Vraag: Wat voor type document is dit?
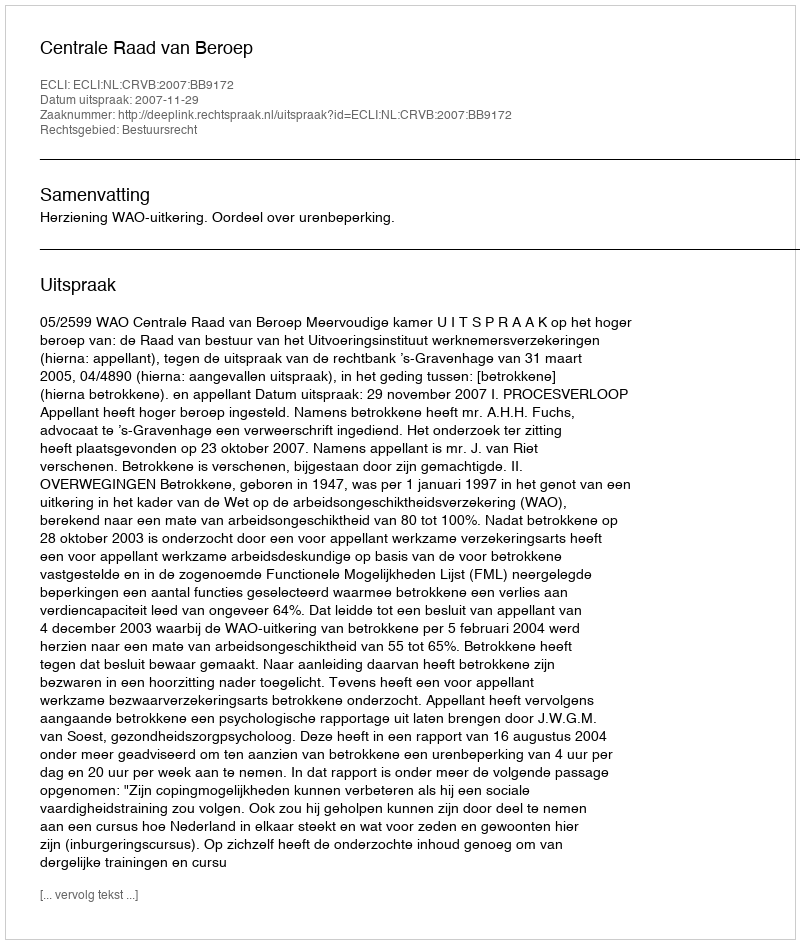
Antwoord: Uitspraak